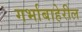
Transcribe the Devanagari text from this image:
गर्भाबाहेरील